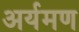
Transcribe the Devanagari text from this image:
अर्यमण